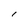
Character: I